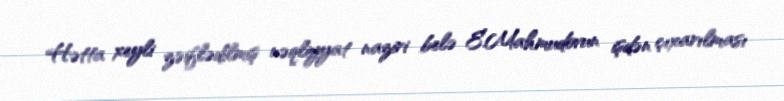
Hətta xeyli zəiflədilmiş nəqliyyat naziri belə E.Mahmudovun işdən çıxarılması